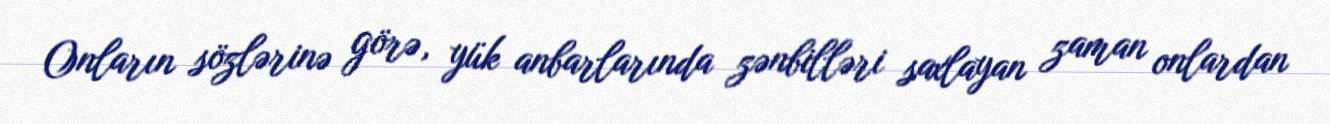
Onların sözlərinə görə, yük anbarlarında zənbilləri saxlayan zaman onlardan